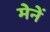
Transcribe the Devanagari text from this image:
मेनें